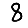
Digit: 8